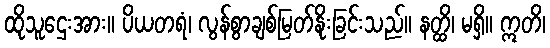
ထိုသူဌေးအား။ ပိယတရံ၊ လွန်စွာချစ်မြတ်နိုးခြင်းသည်။ နတ္ထိ၊ မရှိ။ ဣတိ၊